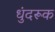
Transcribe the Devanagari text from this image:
धुंदरूक